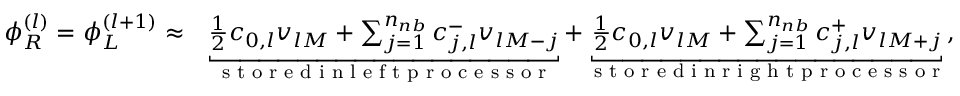
\begin{array} { r l } { \phi _ { R } ^ { ( l ) } = \phi _ { L } ^ { ( l + 1 ) } \approx } & { \underbracket { \frac { 1 } { 2 } c _ { 0 , l } v _ { l M } + \sum _ { j = 1 } ^ { n _ { n b } } c _ { j , l } ^ { - } v _ { l M - j } } _ { \textup { s t o r e d i n l e f t p r o c e s s o r } } + \underbracket { \frac { 1 } { 2 } c _ { 0 , l } v _ { l M } + \sum _ { j = 1 } ^ { n _ { n b } } c _ { j , l } ^ { + } v _ { l M + j } } _ { \textup { s t o r e d i n r i g h t p r o c e s s o r } } , } \end{array}